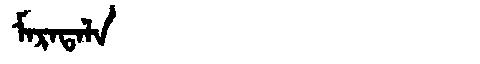
Manchu: ᠮᠠᡵᠠᡨᠠᠯᠠ
Romanization: MARATALA